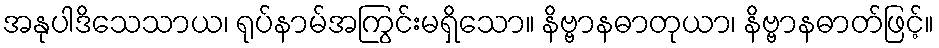
အနုပါဒိသေသာယ၊ ရုပ်နာမ်အကြွင်းမရှိသော။ နိဗ္ဗာနဓာတုယာ၊ နိဗ္ဗာနဓာတ်ဖြင့်။